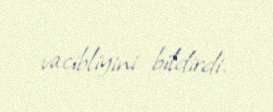
vacibliyini bildirdi.